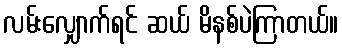
လမ်းလျှောက်ရင် ဆယ် မိနစ်ပဲကြာတယ်။